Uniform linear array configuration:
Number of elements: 32
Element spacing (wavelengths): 1
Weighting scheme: exponential
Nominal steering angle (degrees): -15
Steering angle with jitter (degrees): -16.069
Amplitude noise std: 0.05
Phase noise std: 0.05

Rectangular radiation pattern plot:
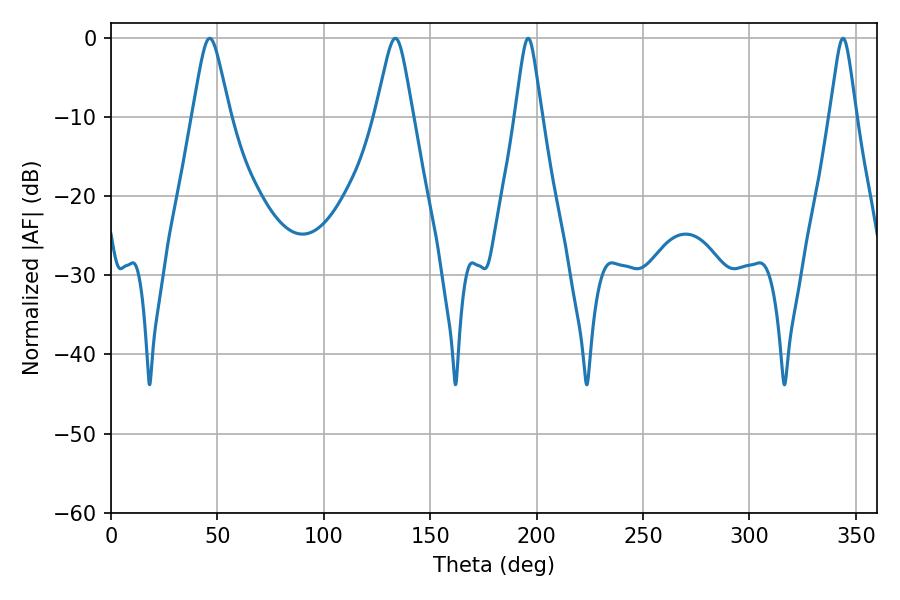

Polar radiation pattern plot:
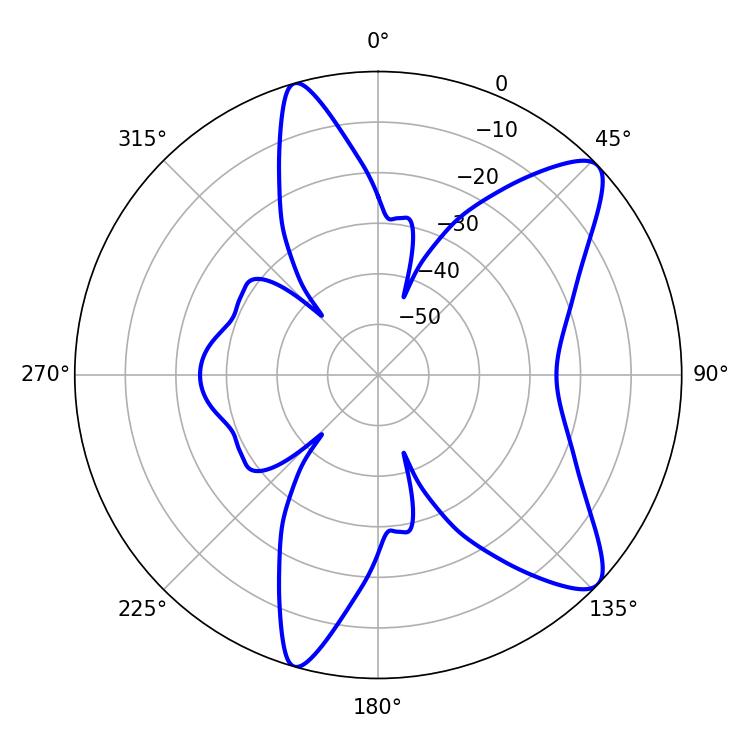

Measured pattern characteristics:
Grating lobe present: TRUE
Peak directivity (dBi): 10.169
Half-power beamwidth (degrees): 5.76
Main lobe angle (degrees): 196.02